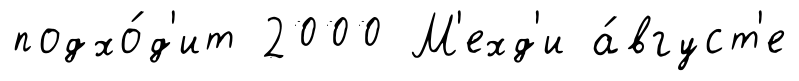
подхо́д'ит 2000 М'ехд'и а́вгуст'е